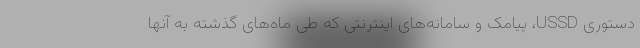
دستوری USSD، پیامک و سامانه‌های اینترنتی که طی ماه‌های گذشته به آنها